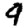
Digit: 9